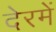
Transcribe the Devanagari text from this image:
देरमें